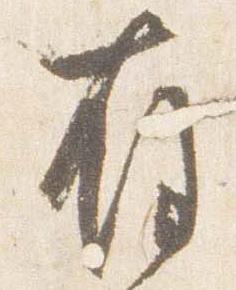
存